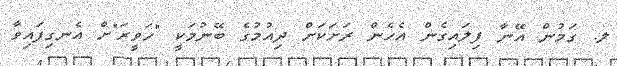
ލ. ގަމުން އޭނާ ފިލައިގެން އެހެން ރަށަކަށް ދިއުމުގެ ބޭނުމަކީ "ހަވީރަ"ށް އެނގިފައިވާ